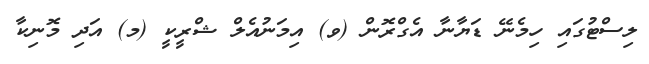
ލިސްޓުގައި ހިމެނޭ ޑަޔާނާ އެގްރޮން (ވ) އިމަނުއެލް ޝްރީކީ (މ) އަދި މޮނިކާ